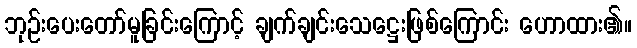
ဘုဉ်းပေးတော်မူခြင်းကြောင့် ချက်ချင်းသေဋ္ဌေးဖြစ်ကြောင်း ဟောထား၏။